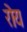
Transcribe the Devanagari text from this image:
रॊय